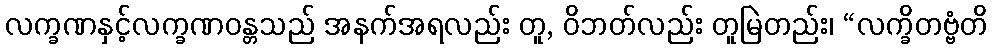
လက္ခဏနှင့်လက္ခဏဝန္တသည် အနက်အရလည်း တူ, ဝိဘတ်လည်း တူမြဲတည်း၊ “လက္ခိတဗ္ဗံတိ